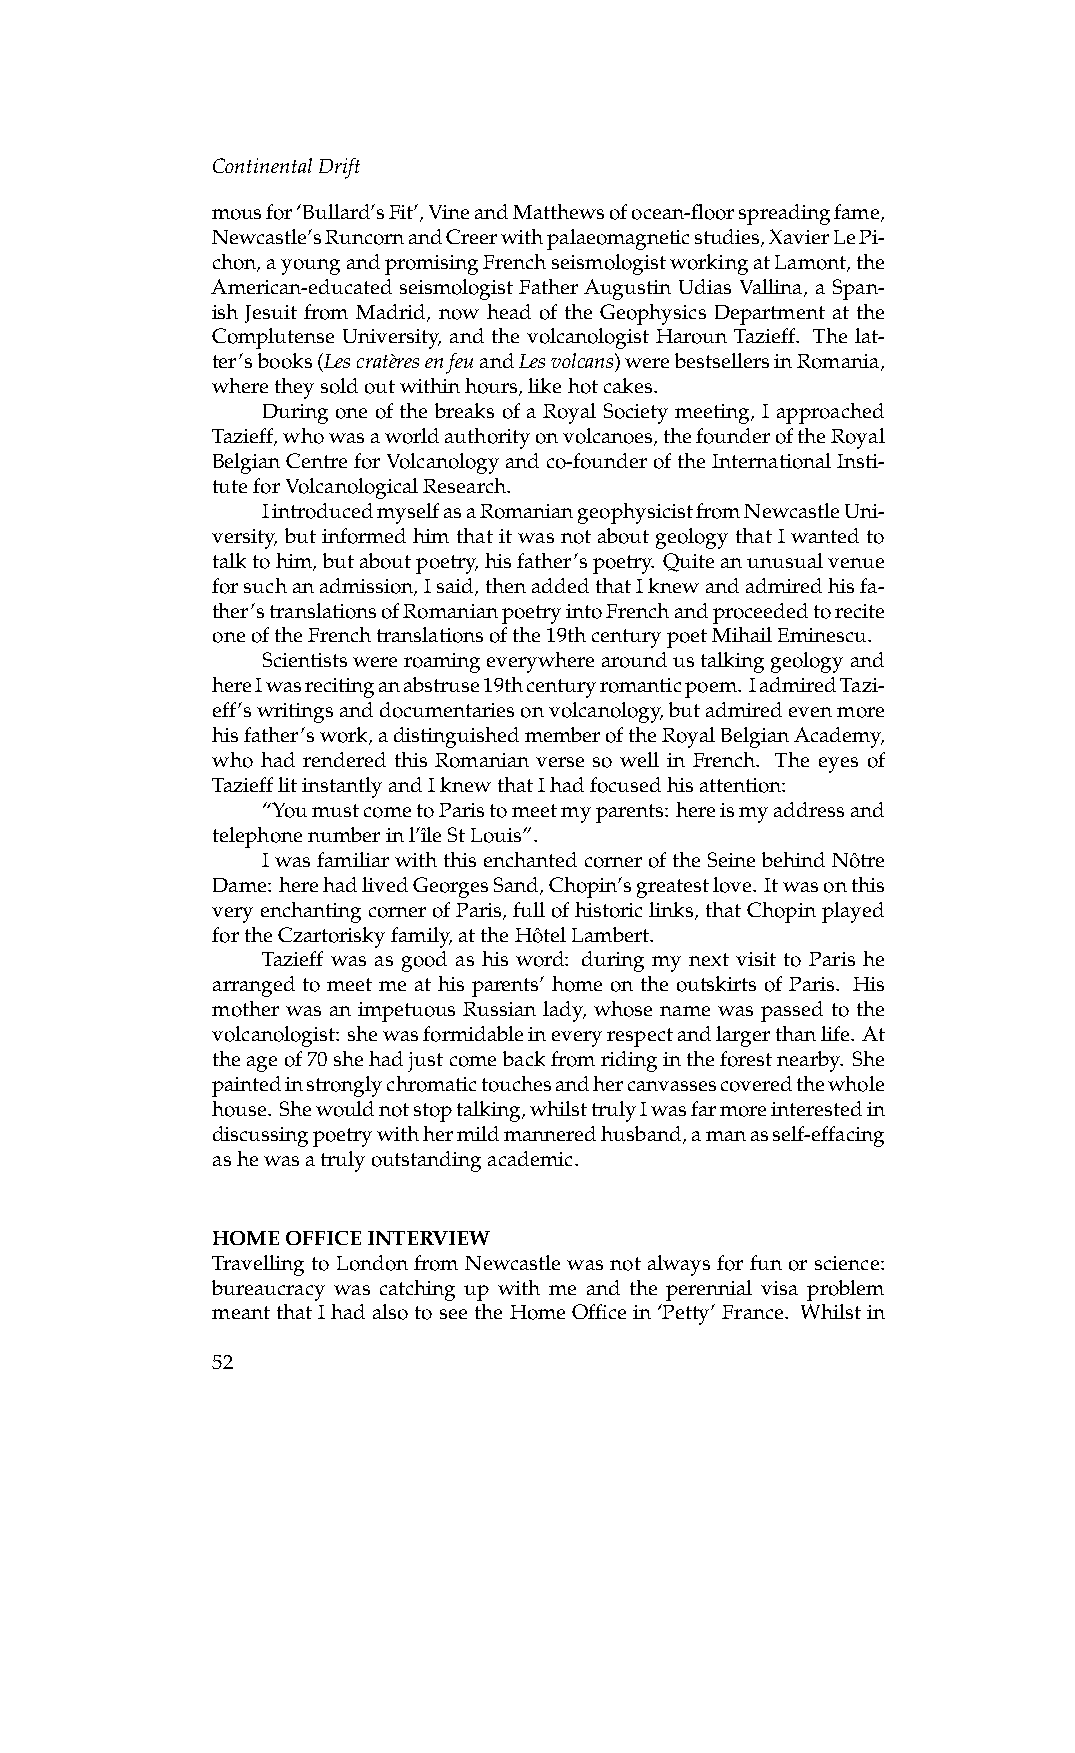
ContinentalDrift
 mousfor‘Bullard’sFit’,VineandMatthewsofocean-floorspreadingfame,
 Newcastle’sRuncornandCreerwithpalaeomagneticstudies,XavierLePi-
 chon,ayoungandpromisingFrenchseismologistworkingatLamont,the
 American-educated seismologist FatherAugustin Udias Vallina, a Span-
 ish Jesuit from Madrid, now head of the Geophysics Department at the
 Complutense University, and the volcanologist Haroun Tazieff. The lat-
 ter’sbooks(Lescrate`resenfeuandLesvolcans)werebestsellersinRomania,
 wheretheysoldoutwithinhours,likehotcakes.
 During one of the breaks of a Royal Society meeting, I approached
 Tazieff,whowasaworldauthorityonvolcanoes,thefounderoftheRoyal
 BelgianCentreforVolcanologyandco-founderoftheInternationalInsti-
 tuteforVolcanologicalResearch.
 IintroducedmyselfasaRomaniangeophysicistfromNewcastleUni-
 versity, but informed him that it was not about geology that I wanted to
 talktohim,butaboutpoetry,hisfather’spoetry. Quiteanunusualvenue
 forsuchanadmission,Isaid,thenaddedthatIknewandadmiredhisfa-
 ther’stranslationsofRomanianpoetryintoFrenchandproceededtorecite
 oneoftheFrenchtranslationsofthe19thcenturypoetMihailEminescu.
 Scientistswereroamingeverywherearoundustalkinggeologyand
 hereIwasrecitinganabstruse19thcenturyromanticpoem. IadmiredTazi-
 eff’swritingsanddocumentariesonvolcanology,butadmiredevenmore
 hisfather’swork,adistinguishedmemberoftheRoyalBelgianAcademy,
 who had rendered this Romanian verse so well in French. The eyes of
 TaziefflitinstantlyandIknewthatIhadfocusedhisattention:
 “YoumustcometoParistomeetmyparents: hereismyaddressand
 telephonenumberinl’ˆıleStLouis”.
 IwasfamiliarwiththisenchantedcorneroftheSeinebehindNoˆtre
 Dame: herehadlivedGeorgesSand,Chopin’sgreatestlove. Itwasonthis
 veryenchantingcornerofParis,fullofhistoriclinks,thatChopinplayed
 fortheCzartoriskyfamily,attheHoˆtelLambert.
 Tazieff was as good as his word: during my next visit to Paris he
 arranged to meet me at his parents’ home on the outskirts of Paris. His
 mother was an impetuous Russian lady, whose name was passed to the
 volcanologist: shewasformidableineveryrespectandlargerthanlife. At
 theageof70shehadjustcomebackfromridingintheforestnearby. She
 paintedinstronglychromatictouchesandhercanvassescoveredthewhole
 house. Shewouldnotstoptalking,whilsttrulyIwasfarmoreinterestedin
 discussingpoetrywithhermildmanneredhusband,amanasself-effacing
 ashewasatrulyoutstandingacademic.
 HOMEOFFICEINTERVIEW
 Travelling to London from Newcastle was not always for fun or science:
 bureaucracy was catching up with me and the perennial visa problem
 meantthatIhadalsotoseetheHomeOfficein‘Petty’France. Whilstin
 52